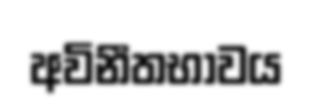
අවිනීතභාවය